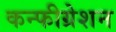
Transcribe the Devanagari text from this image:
कन्फीग्रेशन